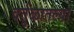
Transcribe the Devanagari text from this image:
वर्तुळातल्या